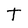
Character: T